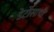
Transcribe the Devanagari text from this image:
डेर्टोसाची